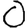
Digit: 0